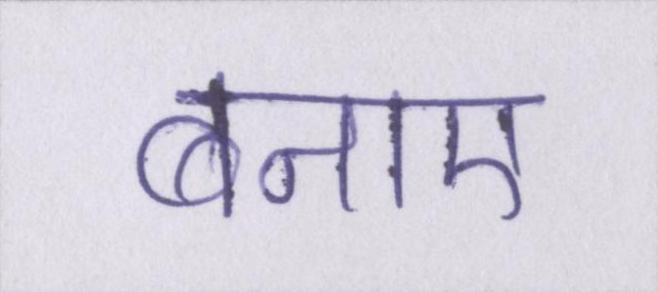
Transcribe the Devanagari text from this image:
बनाए